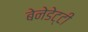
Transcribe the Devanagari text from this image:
बेनेडेट्टी